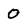
Character: 0